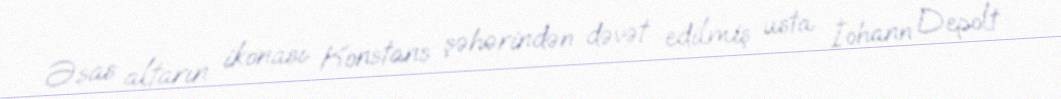
Əsas altarın ikonası Konstans şəhərindən dəvət edilmiş usta İohann Depolt